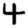
Digit: 4